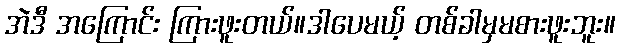
အဲဒီ အကြောင်း ကြားဖူးတယ်။ဒါပေမယ့် တစ်ခါမှမစားဖူးဘူး။